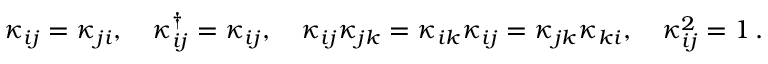
\kappa _ { i j } = \kappa _ { j i } , \quad \kappa _ { i j } ^ { \dagger } = \kappa _ { i j } , \quad \kappa _ { i j } \kappa _ { j k } = \kappa _ { i k } \kappa _ { i j } = \kappa _ { j k } \kappa _ { k i } , \quad \kappa _ { i j } ^ { 2 } = 1 \, .